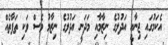
އެކަމުގައި ޖިނާއީ އަދުލުގެ ނިޒާމާއި މަދަނީ އަދުލުގެ ނިޒާމު ވެސް ވަކި ތަފާތެއް